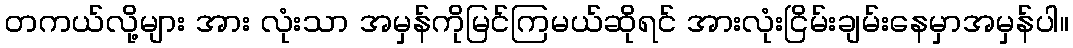
တကယ်လို့များ အား လုံးသာ အမှန်ကိုမြင်ကြမယ်ဆိုရင် အားလုံးငြိမ်းချမ်းနေမှာအမှန်ပါ။